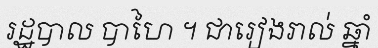
រដ្ឋបាល បាហៃ ។ ជារៀងរាល់ ឆ្នាំ